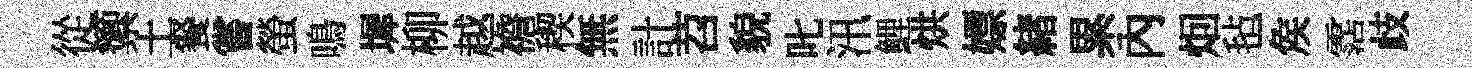
從籞土餐嘗螢鳴墀柳越襜稧無計苕貌叱汛鯉烘嫖緖累內𤇆毡矦霑歧